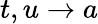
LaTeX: t,u\rightarrow a